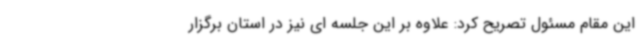
این مقام مسئول تصریح کرد: علاوه بر این جلسه ای نیز در استان برگزار